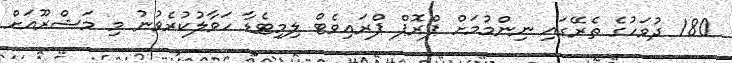
180 ދުވަހުގެ ތެރޭގައި ނިންމުމަށް ޕްރޮޕް ޕްރައިވެޓް ލިމިޓެޑާ ހަވާލުކުރެވުނު މި މަޝްރޫއަށް